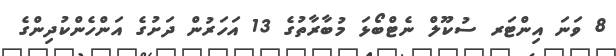
8 ވަނަ އިންޓަރ ސުކޫލް ނެޓްބޯޅަ މުބާރާތުގެ 13 އަހަރުން ދަށުގެ އަންހެންކުދިންގެ